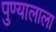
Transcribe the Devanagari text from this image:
पुण्यालाला